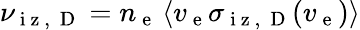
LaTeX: \nu_{\mathrm{~i~z~,~}\mathrm{~D~}}=n_{\mathrm{~e~}}\left\langle v_{\mathrm{~e~}}\sigma_{\mathrm{~i~z~,~}\mathrm{~D~}}(v_{\mathrm{~e~}})\right\rangle